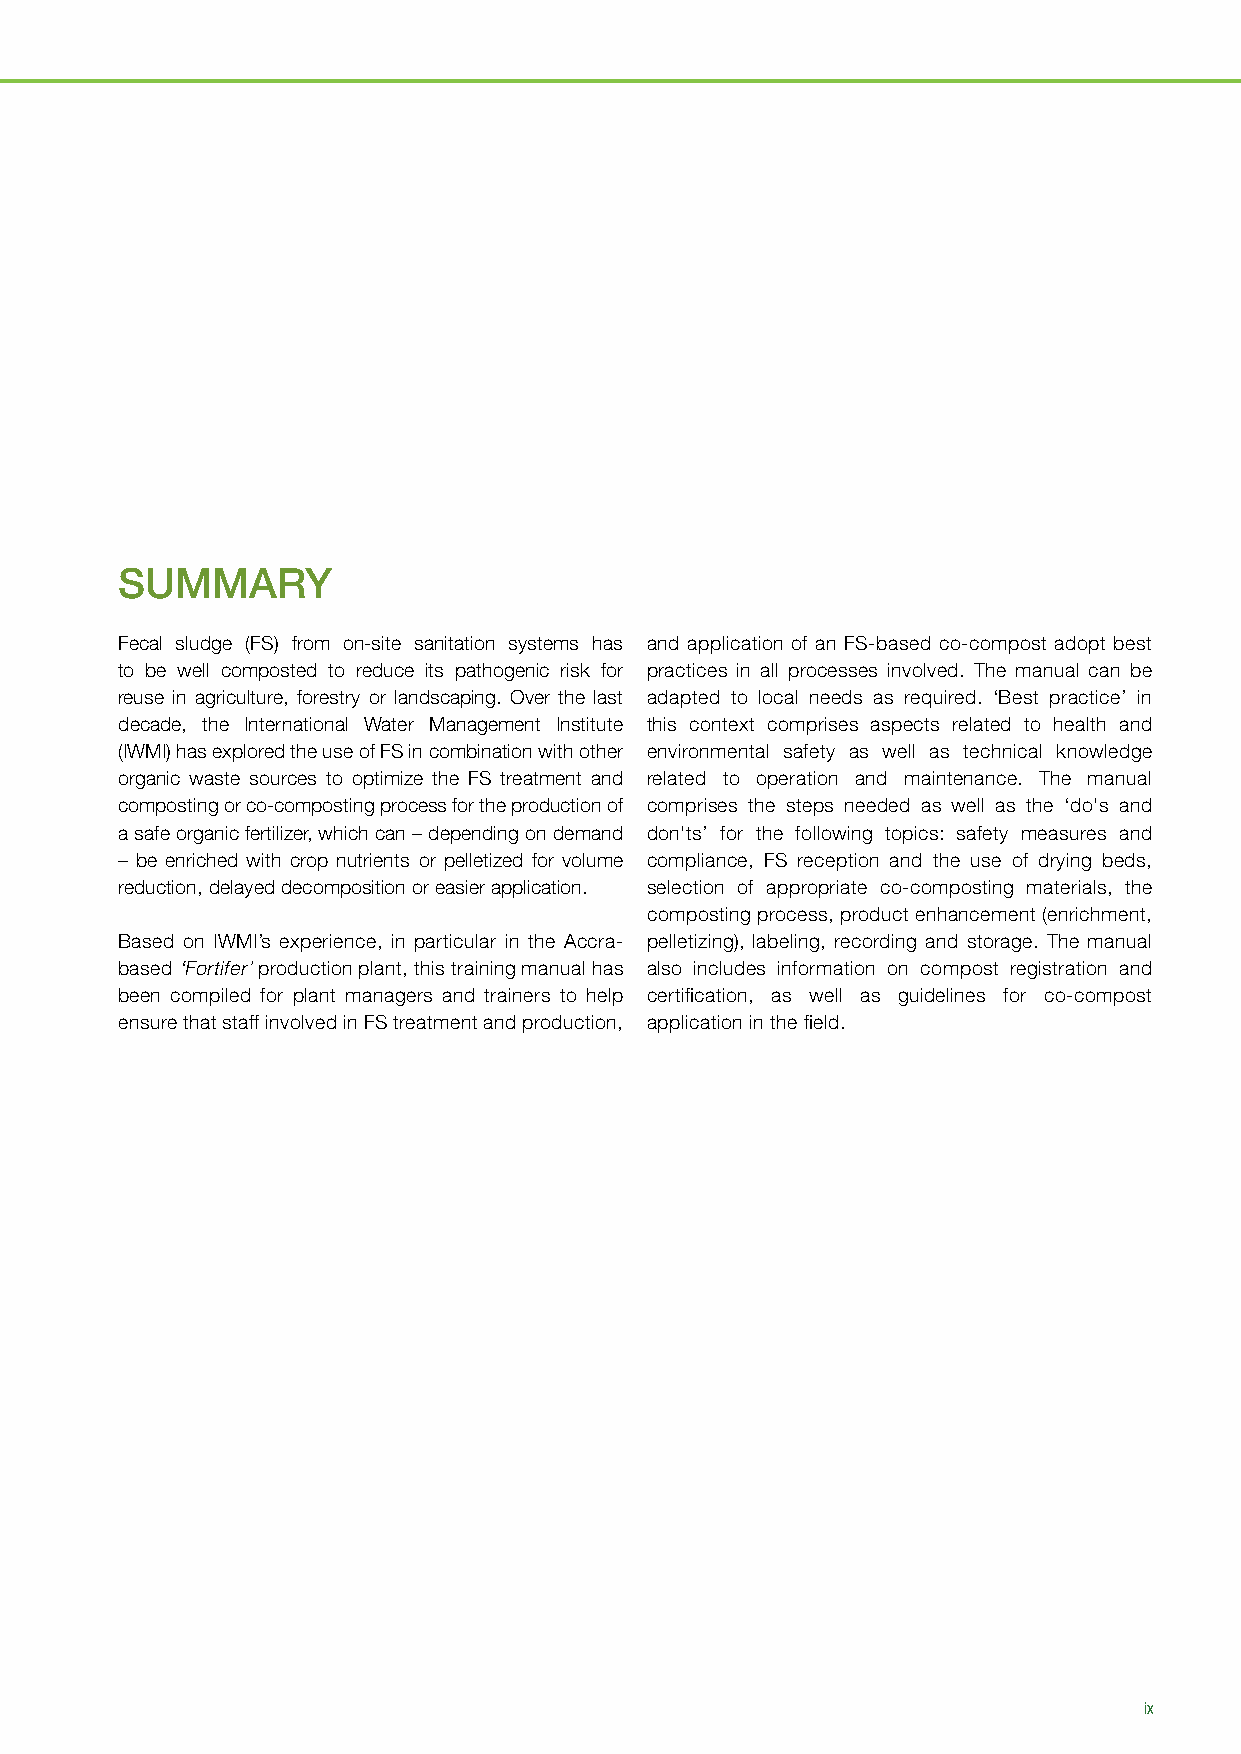
SUMMARY
 Fecal sludge (FS) from on-site sanitation systems has and application of an FS-based co-compost adopt best
 to be well composted to reduce its pathogenic risk for practices in all processes involved. The manual can be
 reuse in agriculture, forestry or landscaping. Over the last adapted to local needs as required. ‘Best practice’ in
 decade, the International Water Management Institute this context comprises aspects related to health and
 (IWMI) has explored the use of FS in combination with other environmental safety as well as technical knowledge
 organic waste sources to optimize the FS treatment and related to operation and maintenance. The manual
 composting or co-composting process for the production of comprises the steps needed as well as the ‘do's and
 a safe organic fertilizer, which can – depending on demand don'ts’ for the following topics: safety measures and
 – be enriched with crop nutrients or pelletized for volume compliance, FS reception and the use of drying beds,
 reduction, delayed decomposition or easier application. selection of appropriate co-composting materials, the
 composting process, product enhancement (enrichment,
 Based on IWMI’s experience, in particular in the Accra- pelletizing), labeling, recording and storage. The manual
 based ‘Fortifer’ production plant, this training manual has also includes information on compost registration and
 been compiled for plant managers and trainers to help certification, as well as guidelines for co-compost
 ensure that staff involved in FS treatment and production, application in the field.
 ix